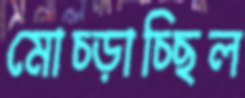
মোচ্‌ড়াচ্ছিল